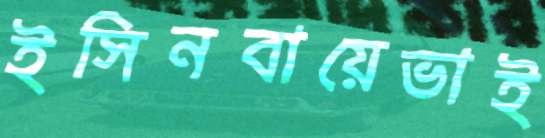
ইসিনবায়েভাই